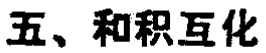
五、和积互化